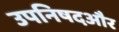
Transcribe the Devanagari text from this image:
उपनिषदऔर